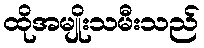
ထိုအမျိုးသမီးသည်